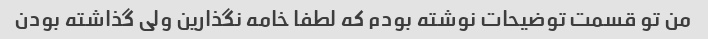
من تو قسمت توضیحات نوشته بودم که لطفا خامه نگذارین ولی گذاشته بودن